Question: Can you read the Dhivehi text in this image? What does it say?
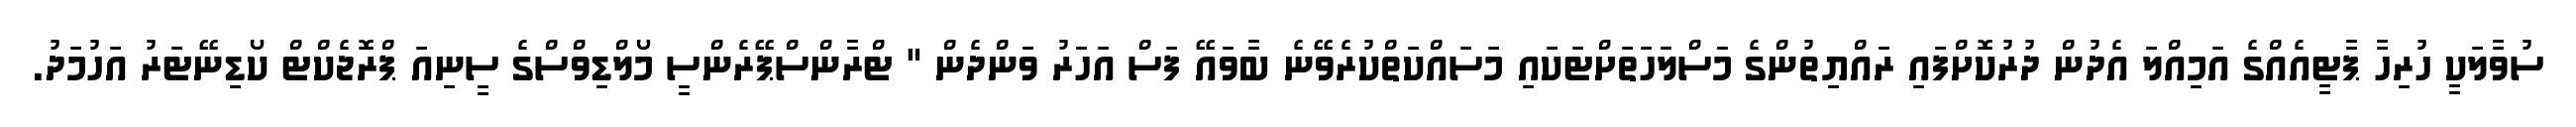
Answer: ސުވާލަކީ ހުރިހާ ޕާޓީއެއްގެ އަމިއްލަ އެދުން ދުރުކޮށްފައި ރައްޔިތުންގެ މަސްލަހަތަށްޓަކައި މަސައްކަތްކުރެވޭނެ ބާވައޭ ފަސް އަހަރު ވަންދެން " ޓްރާންސްޕޭރެންސީ މޯލްޑިވްސްގެ ސީނިއަ ޕްރޮޖެކްޓް ކޯޑިނޭޓަރު އަހުމަދު.